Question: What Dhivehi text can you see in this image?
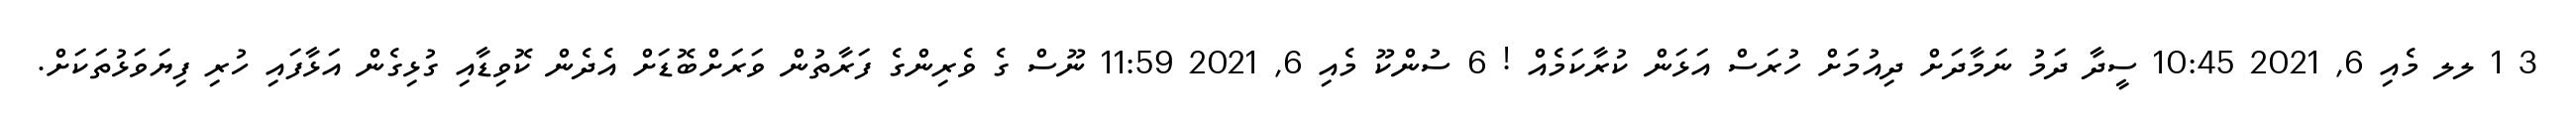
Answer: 3 1 ލލ މެއި 6, 2021 10:45 ސީދާ ދަމު ނަމާދަށް ދިއުމަށް ހުރަސް އަޅަން ކުރާކަމެއް ! 6 ސުންކޫ މެއި 6, 2021 11:59 ނޫސް ގެ ވެރިންގެ ފަރާތުން ވަރަށްބޮޑަށް އެދެން ކޮވިޑާއި ގުޅިގެން އަޅާފައި ހުރި ފިޔަވަޅުތަކަށް.